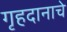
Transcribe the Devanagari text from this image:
गृहदानाचे